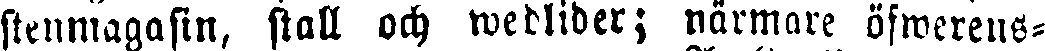
stenmagasin, stall och wedlider; närmare öfwerens-